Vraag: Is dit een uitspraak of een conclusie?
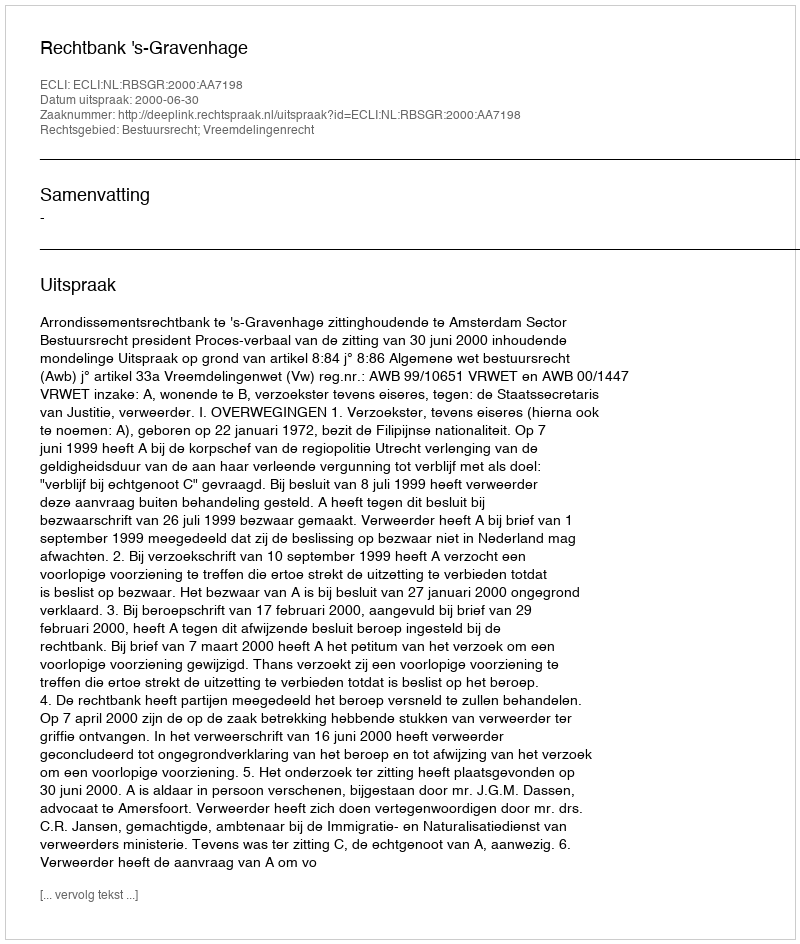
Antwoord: Uitspraak